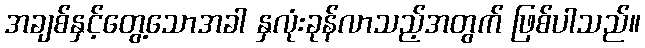
အချစ်နှင့်တွေ့သောအခါ နှလုံးခုန်လာသည့်အတွက် ဖြစ်ပါသည်။